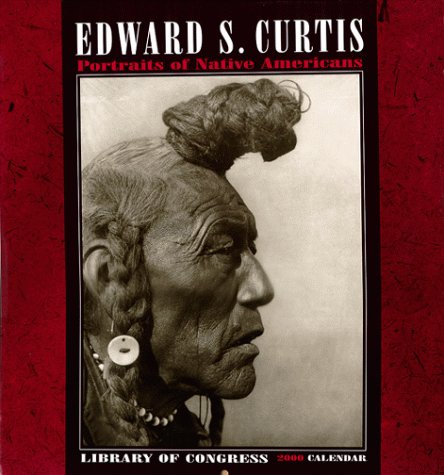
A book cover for Curtis Native Americans; Pomegranate Publishers; Calendars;